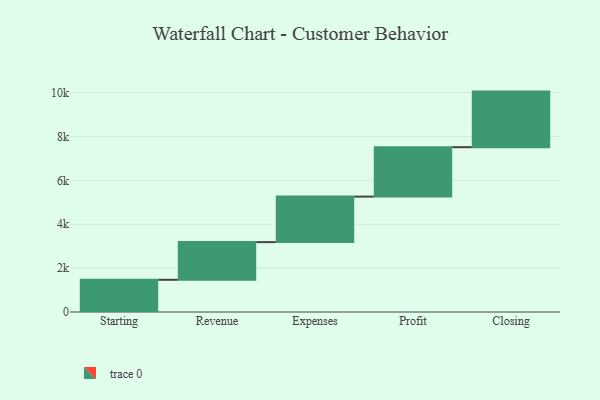
{"axis": {"x": "Step", "y": "Value"}, "legend": [""], "data": [{"x": "Starting", "y": 1468.0, "type": ""}, {"x": "Revenue", "y": 1717.0, "type": ""}, {"x": "Expenses", "y": 2075.0, "type": ""}, {"x": "Profit", "y": 2253.0, "type": ""}, {"x": "Closing", "y": 2533.0, "type": ""}]}